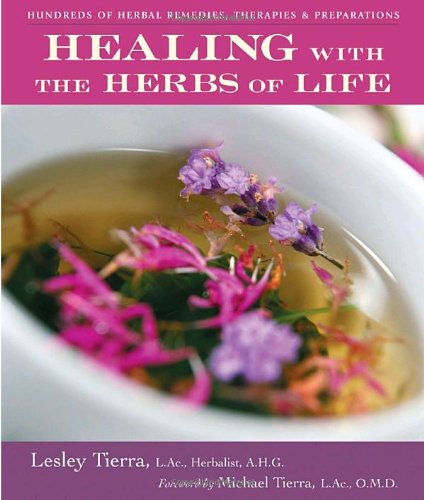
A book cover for Healing with the Herbs of Life; Lesley Tierra; Health, Fitness & Dieting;